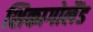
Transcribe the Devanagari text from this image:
शिकागोलैंड